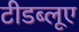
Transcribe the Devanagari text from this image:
टीडब्लूए